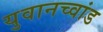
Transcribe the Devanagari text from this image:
युवानच्वांड